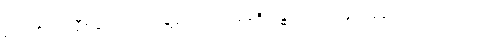
မိတ်၏ပျက်စီးခြင်းကိုလျှင်ရွံရှာသည်ဖြစ်၍။ ရန္ဓမေဝ၊ အခွင့်အပေါက်ကိုသာလျှင်။